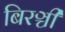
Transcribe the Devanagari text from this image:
बिरञ्ची